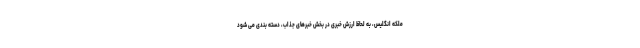
ملکه انگلیس، به لحاظ ارزش خبری در بخش خبرهای جذاب، دسته بندی می شود